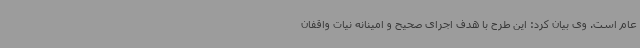
عام است. وی بیان کرد: این طرح با هدف اجرای صحیح و امینانه نیات واقفان